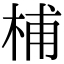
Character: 㭪